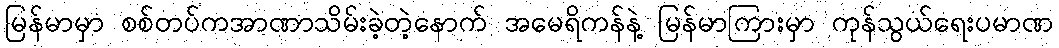
မြန်မာမှာ စစ်တပ်ကအာဏာသိမ်းခဲ့တဲ့နောက် အမေရိကန်နဲ့ မြန်မာကြားမှာ ကုန်သွယ်ရေးပမာဏ